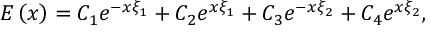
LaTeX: E \left( x \right) = C _ { 1 } e ^ { - x \xi _ { 1 } } + C _ { 2 } e ^ { x \xi _ { 1 } } + C _ { 3 } e ^ { - x \xi _ { 2 } } + C _ { 4 } e ^ { x \xi _ { 2 } } ,